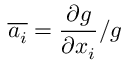
\overline { { a _ { i } } } = \frac { \partial g } { \partial x _ { i } } / g